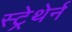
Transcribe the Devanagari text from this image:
स्ट्रेथेर्न